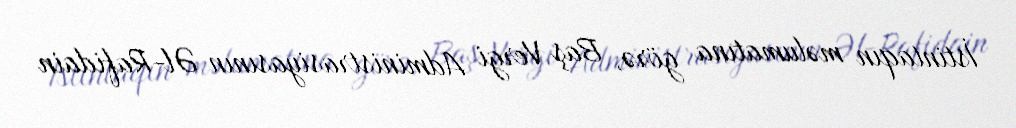
İstintaqın məlumatına görə, Baş Vergi Administrasiyasının Əl-Rafidain